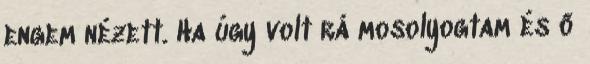
engem nézett. Ha úgy volt rá mosolyogtam és ő